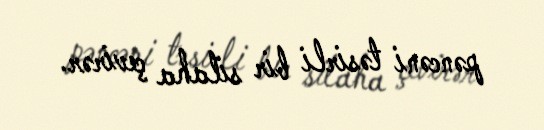
pəncəni təsirli bir silaha çevirər.